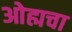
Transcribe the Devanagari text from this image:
ओह्मचा